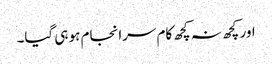
اور کچھ نہ کچھ کام سرانجام ہو ہی گیا۔